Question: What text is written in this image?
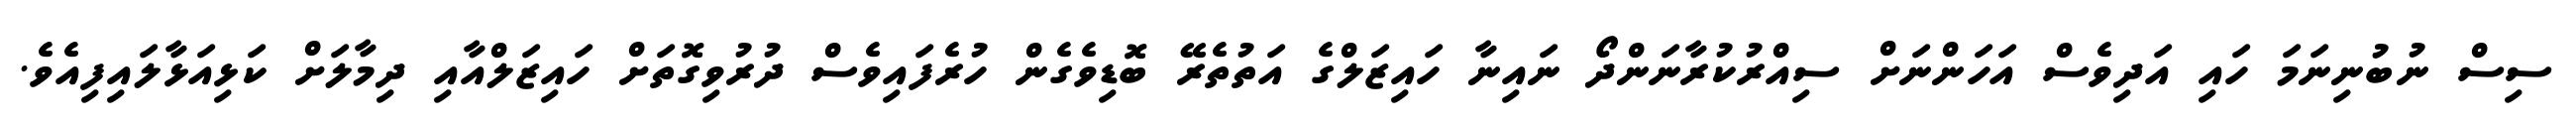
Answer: ސިސް ނުބުނިނަމަ ހައި އަދިވެސް އަހަންނަށް ސިއްރުކުރާނަންދޯ ނައިނާ ހައިޒަލްގެ އަތުތެރޭ ބޮޑިވެގެން ހުރެފައިވެސް ދުރުވިގޮތަށް ހައިޒަލްއާއި ދިމާލަށް ކަޅިއަޅާލައިފިއެވެ.